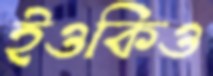
ইওকিও